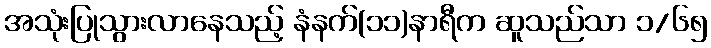
အသုံးပြုသွားလာနေသည့် နံနက်(၁၁)နာရီက ဆူသည်သာ ၁/၆၅